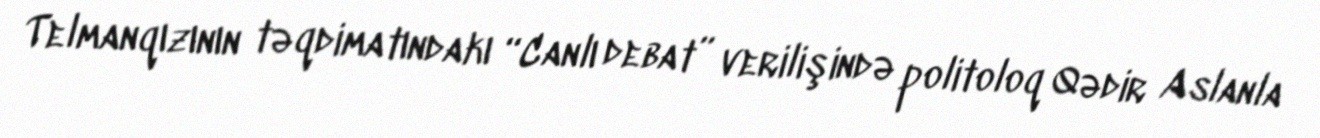
Telmanqızının təqdimatındakı “Canlı debat” verilişində politoloq Qədir Aslanla